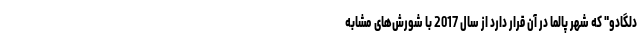
دلگادو" که شهر پالما در آن قرار دارد از سال 2017 با شورش‌های مشابه